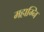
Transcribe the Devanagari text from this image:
महाग्नि